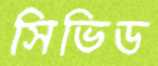
সিভিড